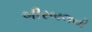
બીરબલની